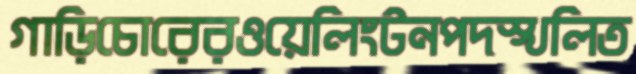
গাড়িচোরেরওয়েলিংটনপদস্খলিত